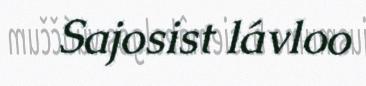
Sajosist lávloo